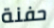
حفنة